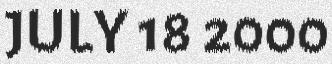
JULY 18 2000